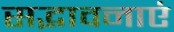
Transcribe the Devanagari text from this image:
सद्भावनाएं